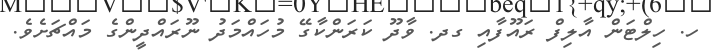
ހ. ހިލްޓަން އާލިފް ރައޫފާއި ގދ. ވާދޫ ކަރަންކާގޭ މުހައްމަދު ނޫރައްދީންގެ މައްޗަށެވެ.